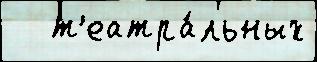
   т'еатра́льных